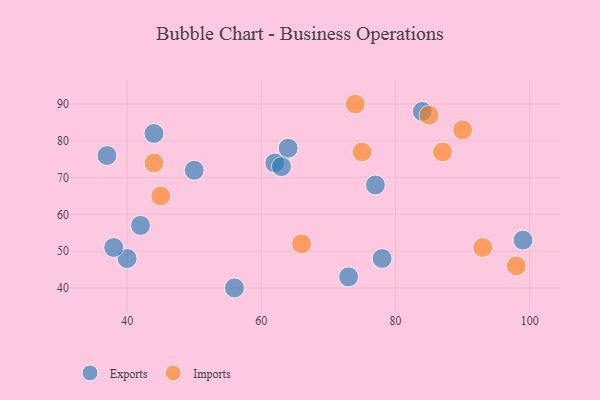
{"axis": {"x": "GDP", "y": "Life Expectancy"}, "legend": ["Exports", "Imports"], "data": [{"x": "62", "y": 74, "type": "Exports"}, {"x": "78", "y": 48, "type": "Exports"}, {"x": "64", "y": 78, "type": "Exports"}, {"x": "42", "y": 57, "type": "Exports"}, {"x": "99", "y": 53, "type": "Exports"}, {"x": "40", "y": 48, "type": "Exports"}, {"x": "38", "y": 51, "type": "Exports"}, {"x": "84", "y": 88, "type": "Exports"}, {"x": "63", "y": 73, "type": "Exports"}, {"x": "56", "y": 40, "type": "Exports"}, {"x": "77", "y": 68, "type": "Exports"}, {"x": "73", "y": 43, "type": "Exports"}, {"x": "37", "y": 76, "type": "Exports"}, {"x": "50", "y": 72, "type": "Exports"}, {"x": "44", "y": 82, "type": "Exports"}, {"x": "74", "y": 90, "type": "Imports"}, {"x": "85", "y": 87, "type": "Imports"}, {"x": "44", "y": 74, "type": "Imports"}, {"x": "75", "y": 77, "type": "Imports"}, {"x": "87", "y": 77, "type": "Imports"}, {"x": "45", "y": 65, "type": "Imports"}, {"x": "98", "y": 46, "type": "Imports"}, {"x": "93", "y": 51, "type": "Imports"}, {"x": "90", "y": 83, "type": "Imports"}, {"x": "66", "y": 52, "type": "Imports"}]}